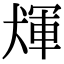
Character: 𤟴